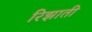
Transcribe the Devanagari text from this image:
रिझाती